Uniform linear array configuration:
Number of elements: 16
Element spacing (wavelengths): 0.75
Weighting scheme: hamming
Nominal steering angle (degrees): -45
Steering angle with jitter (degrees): -44.769
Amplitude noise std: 0.05
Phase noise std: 0.05

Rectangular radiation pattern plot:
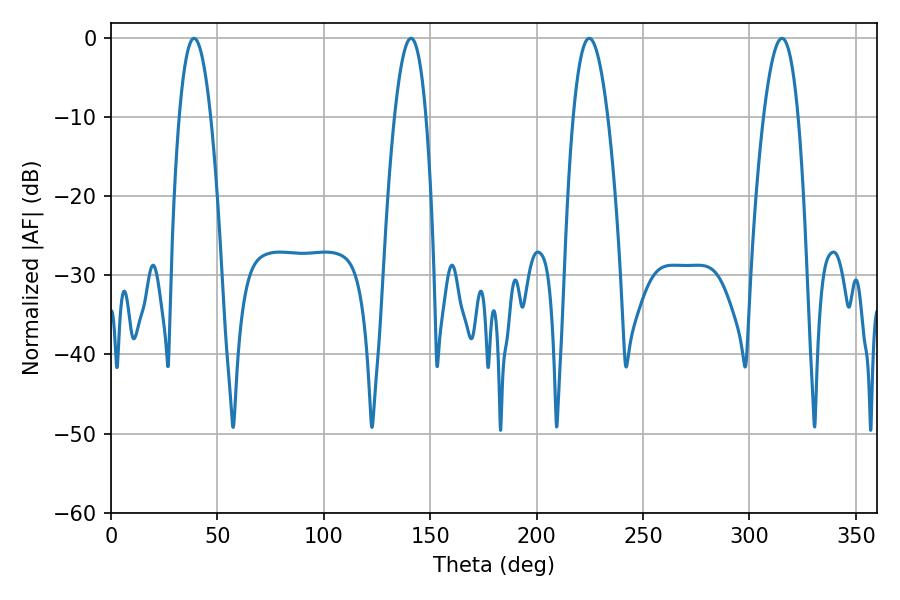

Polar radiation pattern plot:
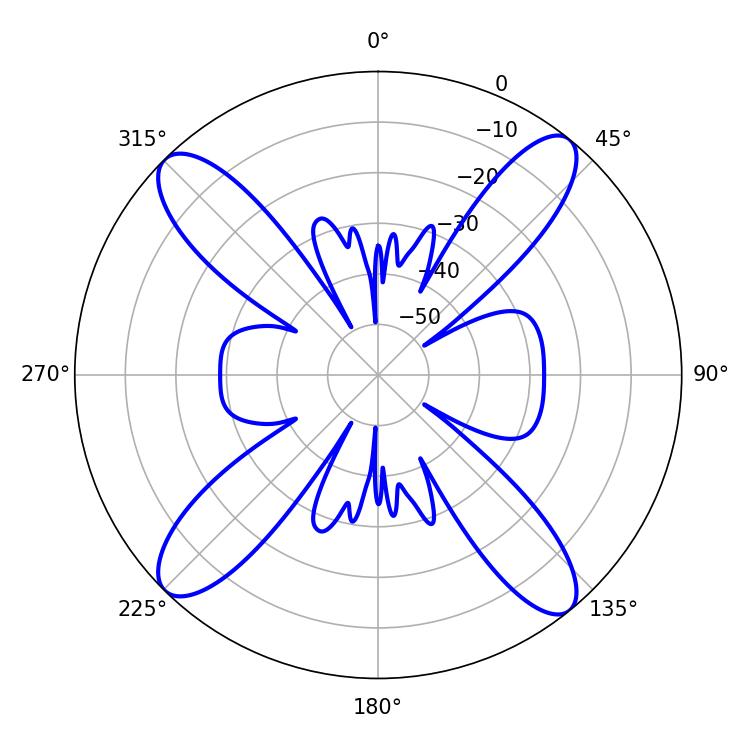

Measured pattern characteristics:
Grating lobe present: TRUE
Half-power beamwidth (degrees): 8.1
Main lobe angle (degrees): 39.06